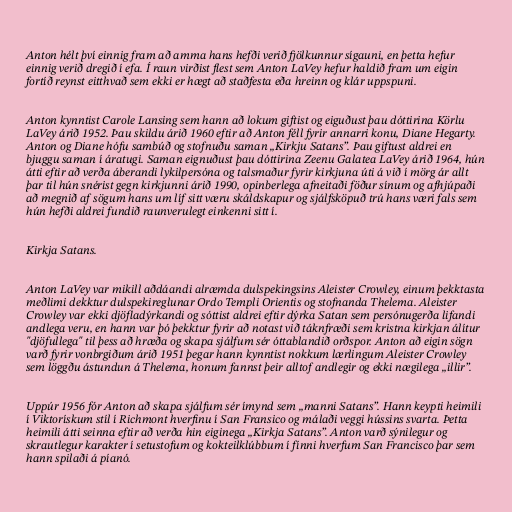
Anton hélt því einnig fram að amma hans hefði verið fjölkunnur sígauni, en þetta hefur
einnig verið dregið í efa. Í raun virðist flest sem Anton LaVey hefur haldið fram um eigin
fortíð reynst eitthvað sem ekki er hægt að staðfesta eða hreinn og klár uppspuni.

Anton kynntist Carole Lansing sem hann að lokum giftist og eiguðust þau dóttirina Körlu
LaVey árið 1952. Þau skildu árið 1960 eftir að Anton féll fyrir annarri konu, Diane Hegarty.
Anton og Diane hófu sambúð og stofnuðu saman „Kirkju Satans”. Þau giftust aldrei en
bjuggu saman í áratugi. Saman eignuðust þau dóttirina Zeenu Galatea LaVey árið 1964, hún
átti eftir að verða áberandi lykilpersóna og talsmaður fyrir kirkjuna úti á við í mörg ár allt
þar til hún snérist gegn kirkjunni árið 1990, opinberlega afneitaði föður sínum og afhjúpaði
að megnið af sögum hans um líf sitt væru skáldskapur og sjálfsköpuð trú hans væri fals sem
hún hefði aldrei fundið raunverulegt einkenni sitt í.

Kirkja Satans.

Anton LaVey var mikill aðdáandi alræmda dulspekingsins Aleister Crowley, einum þekktasta
meðlimi dekktur dulspekireglunar Ordo Templi Orientis og stofnanda Thelema. Aleister
Crowley var ekki djöfladýrkandi og sóttist aldrei eftir dýrka Satan sem persónugerða lifandi
andlega veru, en hann var þó þekktur fyrir að notast við táknfræði sem kristna kirkjan álítur
"djöfullega" til þess að hræða og skapa sjálfum sér óttablandið orðspor. Anton að eigin sögn
varð fyrir vonbrgiðum árið 1951 þegar hann kynntist nokkum lærlingum Aleister Crowley
sem löggðu ástundun á Thelema, honum fannst þeir alltof andlegir og ekki nægilega „illir”.

Uppúr 1956 fór Anton að skapa sjálfum sér ímynd sem „manni Satans”. Hann keypti heimili
í Viktorískum stíl í Richmont hverfinu í San Fransico og málaði veggi hússins svarta. Þetta
heimili átti seinna eftir að verða hin eiginega „Kirkja Satans”. Anton varð sýnilegur og
skrautlegur karakter í setustofum og kokteilklúbbum í fínni hverfum San Francisco þar sem
hann spilaði á píanó.